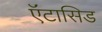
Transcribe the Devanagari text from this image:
ऍंटासिड